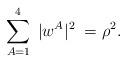
LaTeX: \begin{align*}\sum_{A=1}^{4}\; |w^A|^2\;=\rho^2.\end{align*}